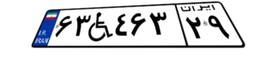
۴۰W۵۸۱۲۵